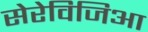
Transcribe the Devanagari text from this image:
सेरेविजिआ